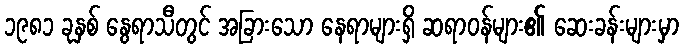
၁၉၈၁ ခုနှစ် နွေရာသီတွင် အခြားသော နေရာများရှိ ဆရာဝန်များ၏ ဆေးခန်းများမှာ